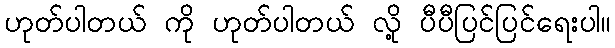
ဟုတ်ပါတယ် ကို ဟုတ်ပါတယ် လို့ ပီပီပြင်ပြင်ရေးပါ။